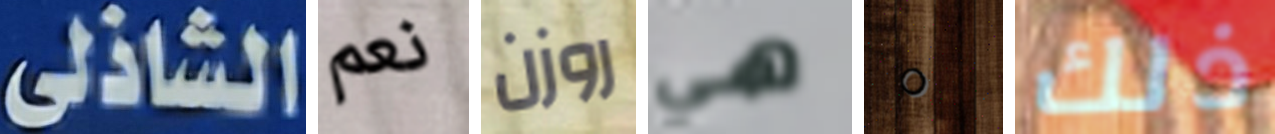
الشاذلى نعم روزن هي 0 ذلك